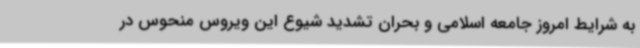
به شرایط امروز جامعه اسلامی و بحران تشدید شیوع این ویروس منحوس در